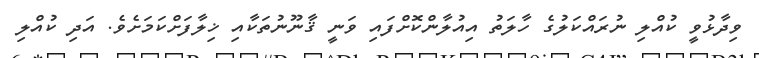
ވިދާޅުވީ ކުއްލި ނުރައްކަލުގެ ހާލަތު އިއުލާންކޮށްފައި ވަނީ ޤާނޫނުތަކާއި ޚިލާފަށްކަމަށެވެ. އަދި ކުއްލި